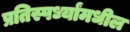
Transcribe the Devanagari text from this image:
प्रतिस्पर्ध्यांमधील